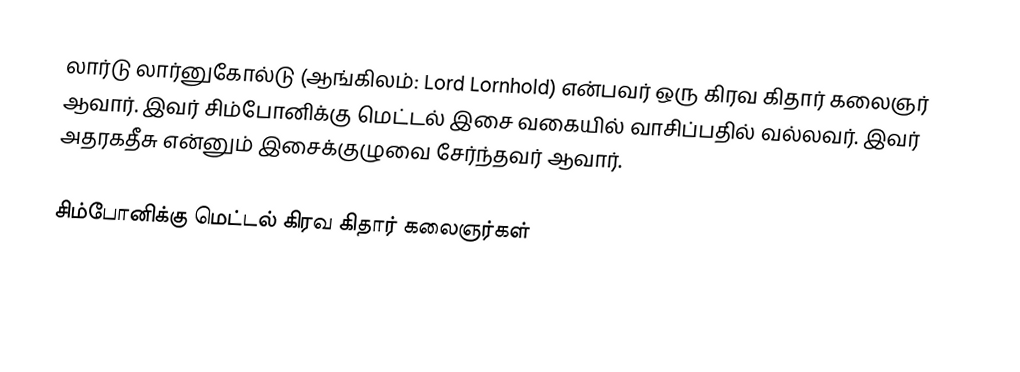
லார்டு லார்னுகோல்டு (ஆங்கிலம்: Lord Lornhold) என்பவர் ஒரு கிரவ கிதார் கலைஞர் ஆவார். இவர் சிம்போனிக்கு மெட்டல் இசை வகையில் வாசிப்பதில் வல்லவர். இவர் அதரகதீசு என்னும் இசைக்குழுவை சேர்ந்தவர் ஆவார்.

சிம்போனிக்கு மெட்டல் கிரவ கிதார் கலைஞர்கள்